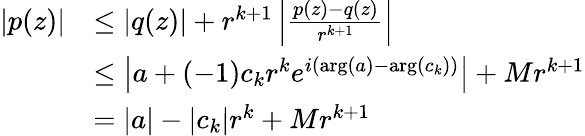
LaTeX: {\begin{array}{rl}{|p(z)|}&{\leq|q(z)|+r^{k+1}\left|{\frac{p(z)-q(z)}{r^{k+1}}}\right|}\\ &{\leq\left|a+(-1)c_{k}r^{k}e^{i(\arg(a)-\arg(c_{k}))}\right|+Mr^{k+1}}\\ &{=|a|-|c_{k}|r^{k}+Mr^{k+1}}\end{array}}